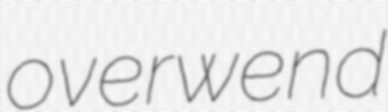
overwend